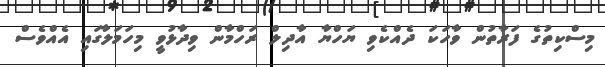
މިސްކިތުގެ ފަރާތުން ވާހަކަ ދެއްކެވި ޔަހްޔާ އާދިލް ރަހްމާން ވިދާޅުވީ މިހަމަލާގައި އެއްވެސް